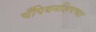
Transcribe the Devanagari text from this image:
चँपियनशिपच्या